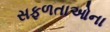
સફળતાઓના